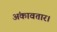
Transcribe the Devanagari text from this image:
अंकावतार।